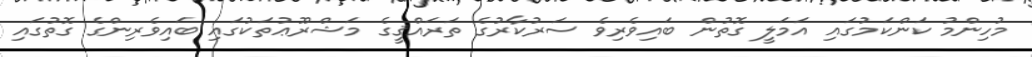
މުހިންމު ކަންކަމުގައި އަމަލީ ގޮތުން ބައިވެރިވެ ސަރުކާރުގެ ތަރައްޤީގެ މަޝްރޫޢުތަކުގައި ބައިވެރިންގެ ގޮތުގައި